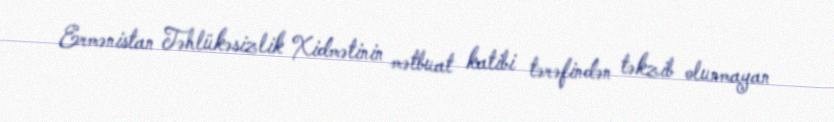
Ermənistan Təhlükəsizlik Xidmətinin mətbuat katibi tərəfindən təkzib olunmayan